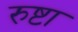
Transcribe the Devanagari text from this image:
रुष्टा